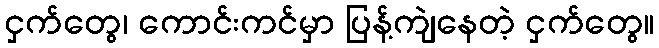
ငှက်တွေ၊ ကောင်းကင်မှာ ပြန့်ကျဲနေတဲ့ ငှက်တွေ။